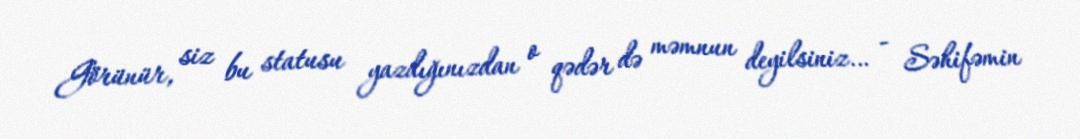
Görünür, siz bu statusu yazdığınızdan o qədər də məmnun deyilsiniz… - Səhifəmin